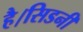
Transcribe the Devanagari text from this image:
है।सिडनी